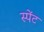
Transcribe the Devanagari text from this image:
स्पेंट